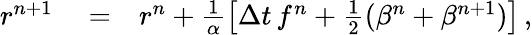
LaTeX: \begin{array}{rlr}{r^{n+1}}&{{}=}&{r^{n}+\frac{1}{\alpha}\left[\Delta{t}\, f^{n}+\frac{1}{2}(\beta^{n}+\beta^{n+1})\right]\, ,}\end{array}